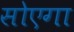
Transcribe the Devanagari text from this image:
सोएगा